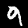
Label: 9